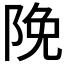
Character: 𮥊